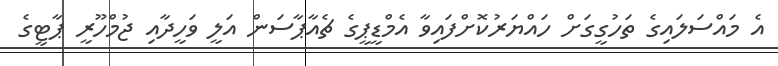
އެ މައްސަލައިގެ ތަހުގީގަށް ހައްޔަރުކޮށްފައިވާ އެމްޑީޕީގެ ޗެއާޕާސަން އަލީ ވަހީދާއި ޖުމްހޫރީ ޕާޓީގެ